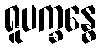
ရူပက္ခန္ဓေ